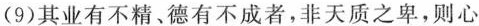
(9)其业有不精、德有不成者，非天质之卑，则心